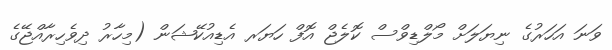
ވަނަ އަހަރުގެ ނިޔަލަށް މޯލްޑިވްސް ކޮލެޖް އޮފް ހަޔަރ އެޑިއުކޭޝަން (މިހާރު ދިވެހިރާއްޖޭގެ